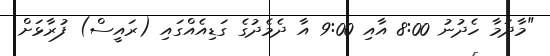
"މާދަމާ ހެދުނު 8:00 އާއި 9:00 އާ ދެމެދުގެ ގަޑިއެއްގައި (ރައީސް) ފުރާޅަށް